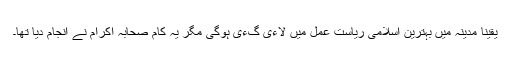
یقینا مدینہ میں بہترین اسلامی ریاست عمل میں لاءی گءی ہوگی مگر یہ کام صحابہ اکرام نے انجام دیا تھا۔